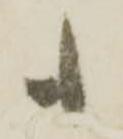
も